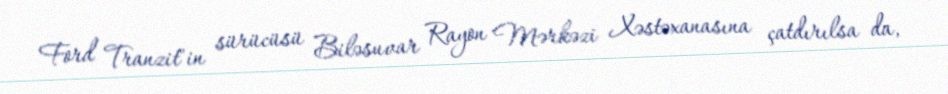
Ford Tranzit"in sürücüsü Biləsuvar Rayon Mərkəzi Xəstəxanasına çatdırılsa da,